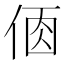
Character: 𠉦